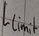
Text: Llimit